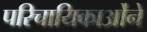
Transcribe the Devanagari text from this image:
परिचायिकाओंने